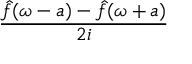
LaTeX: \frac { { \hat { f } } ( \omega - a ) - { \hat { f } } ( \omega + a ) } { 2 i }